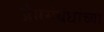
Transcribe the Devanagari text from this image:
प्रेमसंबंधांच्या